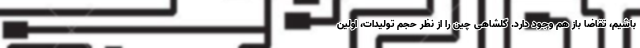
باشیم، تقاضا باز هم وجود دارد. گلشاهی چین را از نظر حجم تولیدات، اولین